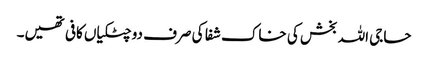
حاجی اللہ بخش کی خاک شفا کی صرف دو چٹکیاں کافی تھیں۔